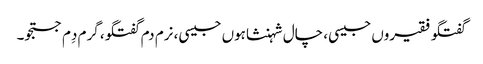
گفتگو فقیروں جیسی، چال شہنشاہوں جیسی، نرم دم گفتگو، گرم دِم جستجو۔